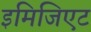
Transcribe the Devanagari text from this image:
इमिजिएट